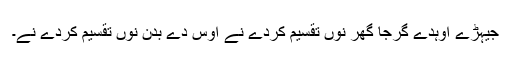
جیہڑے اُوہدے گرجا گھر نوں تقسیم کردے نے اُوس دے بدن نوں تقسیم کردے نے۔